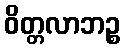
ဝိတ္တလာဘဉ္စ